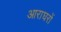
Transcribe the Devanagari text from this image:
आराघरों